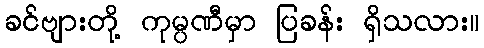
ခင်ဗျားတို့ ကုမ္ပဏီမှာ ပြခန်း ရှိသလား။